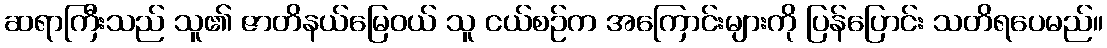
ဆရာကြီးသည် သူ၏ ဇာတိနယ်မြေဝယ် သူ ငယ်စဉ်က အကြောင်းများကို ပြန်ပြောင်း သတိရပေမည်။